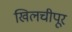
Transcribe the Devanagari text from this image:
खिलचीपूर